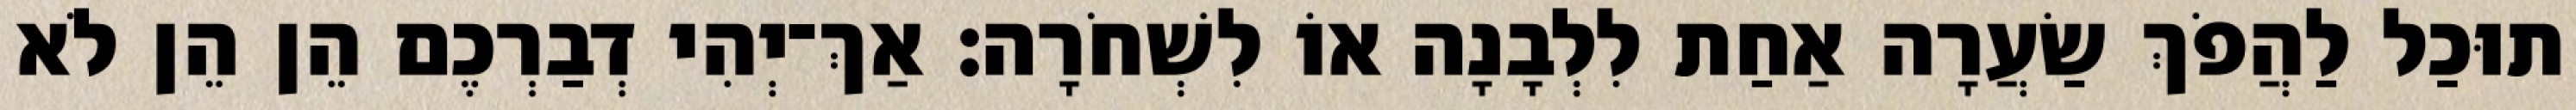
תוּכַל לַהֲפֹךְ שַׂעֲרָה אַחַת לִלְבָנָה אוֹ לִשְׁחֹרָה׃ אַךְ־יְהִי דְבַרְכֶם הֵן הֵן לֹא